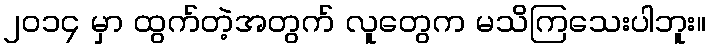
၂၀၁၄ မှာ ထွက်တဲ့အတွက် လူတွေက မသိကြသေးပါဘူး။